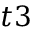
t 3